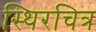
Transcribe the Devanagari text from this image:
स्थिरचित्र